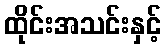
ထိုင်းအသင်းနှင့်